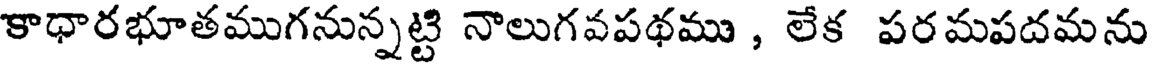
కాధారభూతముగనున్నట్టి నాలుగవపథము , లేక పరమపదమను